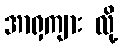
အာရှကျား လို့